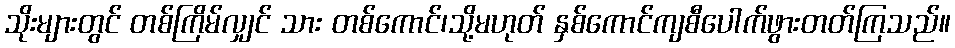
သိုးများတွင် တစ်ကြိမ်လျှင် သား တစ်ကောင်၊သို့မဟုတ် နှစ်ကောင်ကျစီပေါက်ဖွားတတ်ကြသည်။